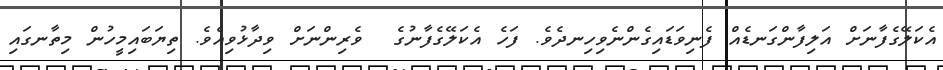
އެކަލޭގެފާނަށް އަލިފާންގަނޑެއް ފެނިވަޑައިގެންނެވިހިނދެވެ. ފަހެ އެކަލޭގެފާނުގެ  ވެރިންނަށް ވިދާޅުވިއެވެ. ތިޔަބައިމީހުން މިތާނގައި